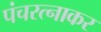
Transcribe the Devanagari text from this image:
पंचरत्नाकर